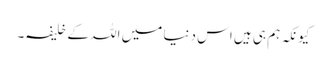
کیونکہ ہم ہی ہیں اس دنیا میں اللہ کے خلیفہ۔